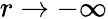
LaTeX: r\to-\infty